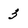
Character: 3